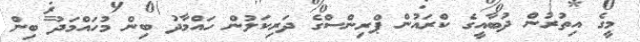
މީގެ އިތުރުން ދުބާއީގެ ކްރައުން ޕްރިންސްގެ ދަރިކަލުން ހައްމާދު ބިން މުހައްމަދު ބިން